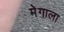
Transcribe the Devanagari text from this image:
मेगाला